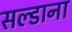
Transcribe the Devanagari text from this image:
सल्डाना